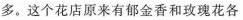
多。这个花店原来有郁金香和玫瑰花各